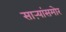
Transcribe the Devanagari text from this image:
साऱ्यांसमोर